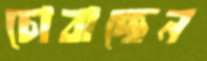
চোবাচ্ছেন